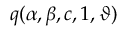
q ( \alpha , \beta , c , 1 , \vartheta )